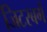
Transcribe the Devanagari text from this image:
जिटरबर्ग